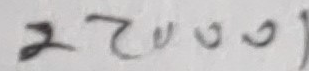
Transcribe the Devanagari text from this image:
२२००१